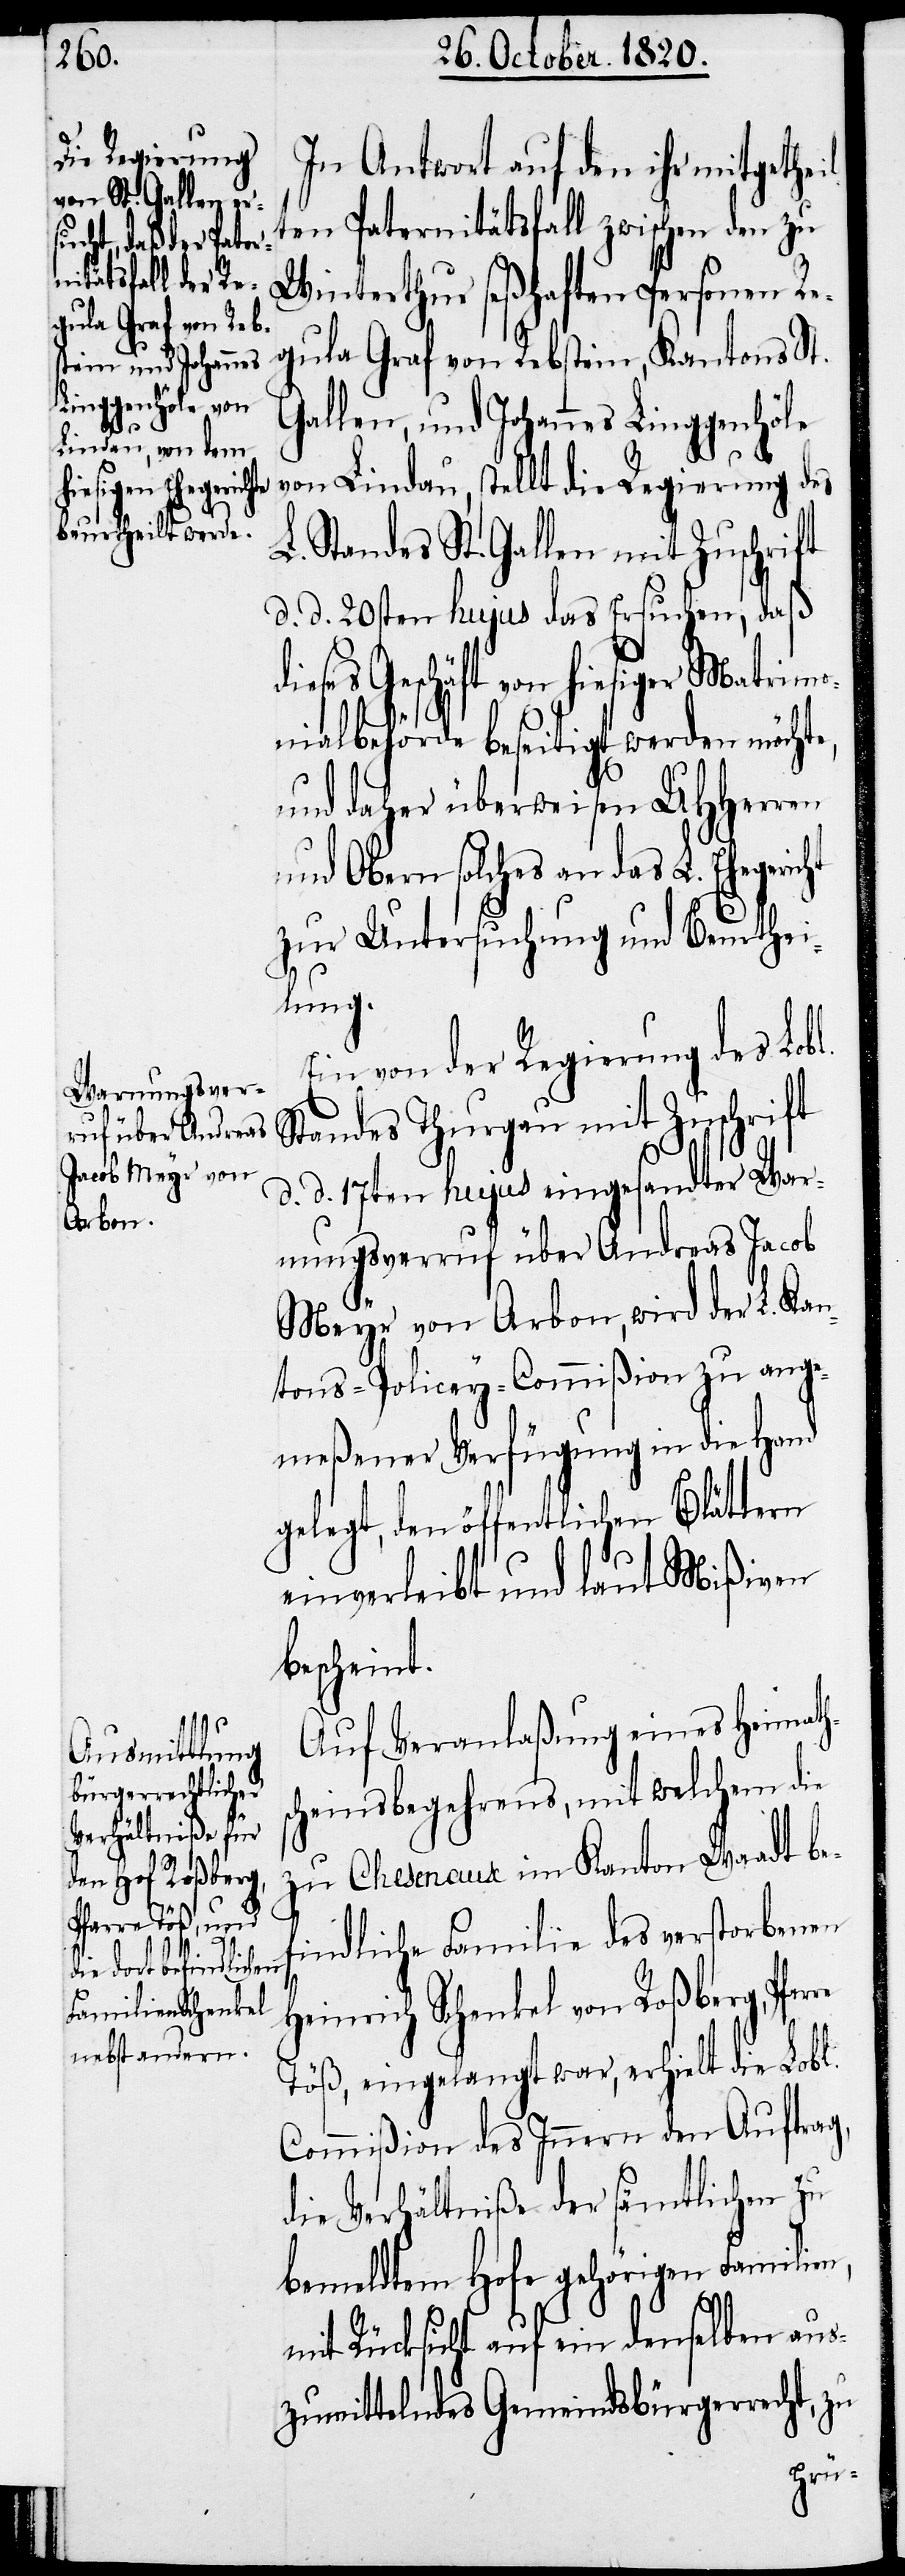
re

In Antwort auf den ihr mitgethei¬
lten Paternitätsfall zwischen den zu
Winterthur seßhaften Personen Re¬
gula Graf von Rebstein, Kantons St.
Gallen, und Johannes Linggenhöle
von Lindau, stellt die Regierung des
L. Standes St. Gallen mit Zuschrift
d. d. 20sten hujus das Ersuchen, daß
dieses Geschäft von hiesiger Matrim¬
onialbehörde beseitigt werden möchte,
und daher überweisen UHHerren
und Obern solches an das L. Ehegeri¬
zur Untersuchung und Beurthei¬
lung.
Ein von der Regierung des Lobl.
Standes Thurgau mit Zuschrift
d. d. 17ten hujus eingesandter War¬
nungsverruf über Andreas Jacob
Meyer von Arbon, wird der L. Kan¬
tons-Policey-Commißion zu ange¬
meßener Verfügung in die Hand
gelegt, den öffentlichen Blättern
einverleibt und laut Mißiven
bescheint.
Auf Veranlaßung eines Heimath¬
heinsbegehrens, mit welchen die
zu Chesenaux im Kanton Waadt be¬
findliche Familie des verstorbenen
Heinrich Schenkel von Roßberg, Pfar¬
Töß, eingelangte war, erhielt die Lobl.
Commißion des Innern den Auftrag,
die Verhältniße der sämtlichen zu
bemeldtem Hofe gehörigen Familien
mit Rücksicht auf ein denselben aus¬
zumittelndes Gemeindsbürgerrecht, zu